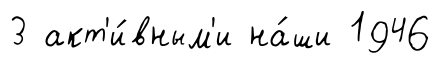
3 акт'и́вным'и на́ши 1946